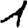
Digit: 1